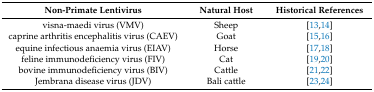
| Non-Primate Lentivirus | Natural Host | Historical References |
 | --- | --- | --- |
 | visna-maedi virus (VMV) | Sheep | [13,14] |
 | caprine arthritis encephalitis virus (CAEV) | Goat | [15,16] |
 | equine infectious anaemia virus (EIAV) | Horse | [17,18] |
 | feline immunodeficiency virus (FIV) | Cat | [19,20] |
 | bovine immunodeficiency virus (BIV) | Cattle | [21,22] |
 | Jembrana disease virus (JDV) | Bali cattle | [23,24] |